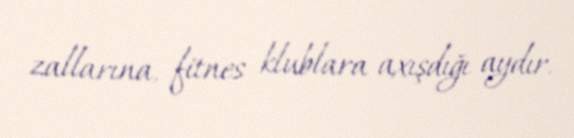
zallarına, fitnes klublara axışdığı aydır.